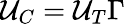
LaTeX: \mathcal{U}_{C}=\mathcal{U}_{T}\Gamma